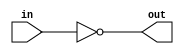
`timescale 1ns/1ps

module not_gate(input in, output out);

assign out= ~in;

endmodule